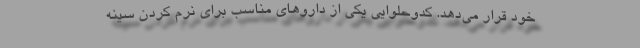
خود قرار می‌دهد. کدوحلوایی یکی از دارو‌های مناسب برای نرم کردن سینه